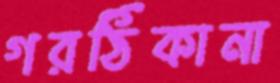
গরঠিকানা